Annual report on the Civil Veterinary Department, Burma (including the Insein Veterinary School) - 1910-1922
Year: 1910
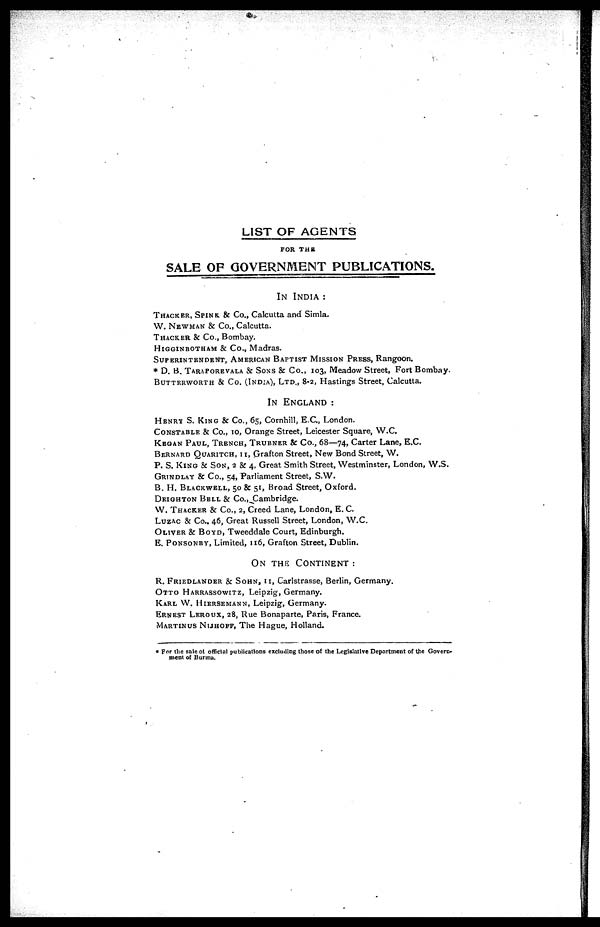
LIST OF AGENTS
FOR THE
SALE OF GOVERNMENT PUBLICATIONS.
IN INDIA :
THACKER, SPINK. & Co., Calcutta and Simla.
W. NEWMAN & Co., Calcutta.
THACKER & Co., Bombay.
HIGGINBOTHAM& Co., Madras.
SUPERINTENDENT, AMERICAN BAPTIST MISSION PRESS, Rangoon.
* D. B. TARAPOREVALA & SONS & Co., 103, Meadow Street, Fort Bombay.
BUTTERWORTH & CO. (INDIA), LTD., 8.2, Hastings Street, Calcutta.
IN ENGLAND :
HENRY S. KING&
Co., 65, Comhill, E.C., London.
CONSTABLE & Co., 1o, Orange Street, Leicester Square, W.C.
KEGAN PAUL, TRENCH, TRUBNER & Co., 68—74, Carter Lane, E.C.
BERNARD QUARITCH, II, Grafton Street, New Bond Street, W.
P. S. KING & SON,2
& 4, Great Smith Street, Westminster, London, W.S.
GRINDLAY & Co., 54, Parliament Street, S.W.
B. H. BLACKWELL, 50 & 51, Broad Street, Oxford.
DEIGHTON BELL& Co.,Cambridge.
W. THACKER & Co., 2, Creed Lane, London, E.C.
LUZAC & Co., 46, Great Russell Street, London, W.C.
OLIVER & BOYD,Tweeddale Court, Edinburgh.
E. PONSONBY, Limited, 116, Grafton Street, Dublin.
ON THE CONTINENT :
R. FRIEDLANDER & SOHN, 11, Carlstrasse, Berlin, Germany.
OTTO HARRASSOWITZ, Leipzig, Germany.
KARL W. HIERSEMANN, Leipzig, Germany.
ERNEST LEROUX,KARL W. HIERSEMANN, 28, Rue Bonaparte, Paris, France.
MARTINUS NIJHOFF,The Hague, Holland.
* For the sale of official publications excluding those of the Legiative Department of the Govern-
ment of Burma.